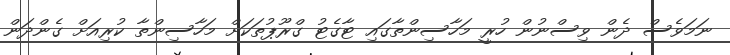
ނަމަވެސް ދެން ވިސްނުން ހުރީ މަހާސިންތާގައި ޓާގެޓު ގްރޫޕުތަކަށް މަހާސިންތާ ކުރިއަށް ގެންދަން